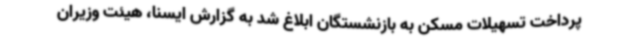
پرداخت تسهیلات مسکن به بازنشستگان ابلاغ شد به گزارش ایسنا، هیئت وزیران